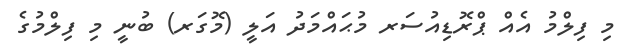
މި ފިލްމު އެއް ޕްރޮޑިއުސަރ މުޙައްމަދު އަލީ (މޮގަރ) ބުނީ މި ފިލްމުގެ